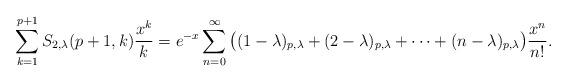
LaTeX: \begin{align*}\sum_{k=1}^{p+1}S_{2,\lambda}(p+1,k)\frac{x^{k}}{k}=e^{-x}\sum_{n=0}^{\infty}\big((1-\lambda)_{p,\lambda}+(2-\lambda)_{p,\lambda}+\cdots+(n-\lambda)_{p,\lambda}\big)\frac{x^{n}}{n!}.\end{align*}